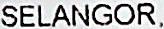
SELANGOR,